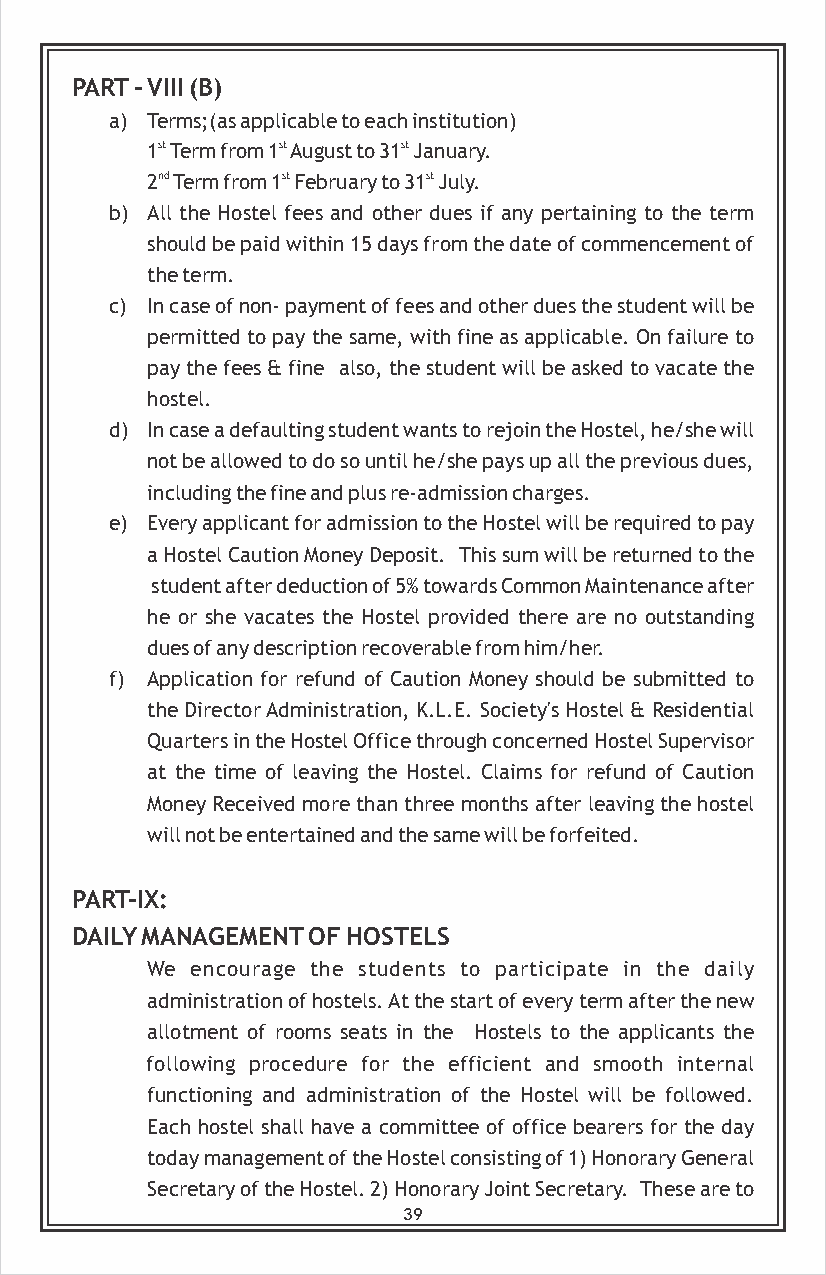
PART - VIII (B)
 a) Terms;(as applicable to each institution)
 1st Term from 1st August to 31st January.
 2nd Term from 1st February to 31st July.
 b) All the Hostel fees and other dues if any pertaining to the term
 should be paid within 15 days from the date of commencement of
 the term.
 c) In case of non- payment of fees and other dues the student will be
 permitted to pay the same, with fine as applicable. On failure to
 pay the fees & fine also, the student will be asked to vacate the
 hostel.
 d) In case a defaulting student wants to rejoin the Hostel, he/she will
 not be allowed to do so until he/she pays up all the previous dues,
 including the fine and plus re-admission charges.
 e) Every applicant for admission to the Hostel will be required to pay
 a Hostel Caution Money Deposit. This sum will be returned to the
 student after deduction of 5% towards Common Maintenance after
 he or she vacates the Hostel provided there are no outstanding
 dues of any description recoverable from him/her.
 f) Application for refund of Caution Money should be submitted to
 the Director Administration, K.L.E. Society's Hostel & Residential
 Quarters in the Hostel Office through concerned Hostel Supervisor
 at the time of leaving the Hostel. Claims for refund of Caution
 Money Received more than three months after leaving the hostel
 will not be entertained and the same will be forfeited.
 PART-IX:
 DAILY MANAGEMENT OF HOSTELS
 We encourage the students to participate in the daily
 administration of hostels. At the start of every term after the new
 allotment of rooms seats in the Hostels to the applicants the
 following procedure for the efficient and smooth internal
 functioning and administration of the Hostel will be followed.
 Each hostel shall have a committee of office bearers for the day
 today management of the Hostel consisting of 1) Honorary General
 Secretary of the Hostel. 2) Honorary Joint Secretary. These are to
 39